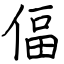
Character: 偪